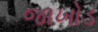
જાખોડ